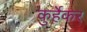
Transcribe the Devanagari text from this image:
कुर्हेकर